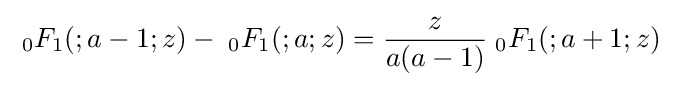
\;{}_{0}F_{1}(;a-1;z)-\;{}_{0}F_{1}(;a;z)={\frac {z}{a(a-1)}}\;{}_{0}F_{1}(;a+1;z)